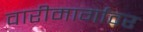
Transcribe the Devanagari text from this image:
वारीमार्गावर